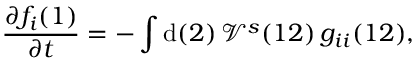
\frac { \partial f _ { i } ( 1 ) } { \partial t } = - \int \mathrm { d } ( 2 ) \, \mathcal { V } ^ { s } ( 1 2 ) \, g _ { i i } ( 1 2 ) ,